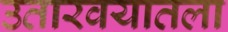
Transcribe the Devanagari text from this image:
उतारवयातला